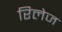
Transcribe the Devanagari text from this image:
रिलेज